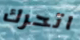
اتحرك